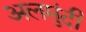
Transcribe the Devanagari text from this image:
अलमुंदी